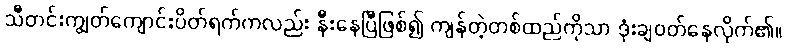
သီတင်းကျွတ်ကျောင်းပိတ်ရက်ကလည်း နီးနေပြီဖြစ်၍ ကျန်တဲ့တစ်ထည်ကိုသာ ဒုံးချဝတ်နေလိုက်၏။